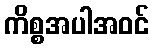
ကိစ္စအပါအဝင်